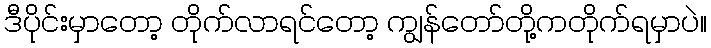
ဒီပိုင်းမှာတော့ တိုက်လာရင်တော့ ကျွန်တော်တို့ကတိုက်ရမှာပဲ။